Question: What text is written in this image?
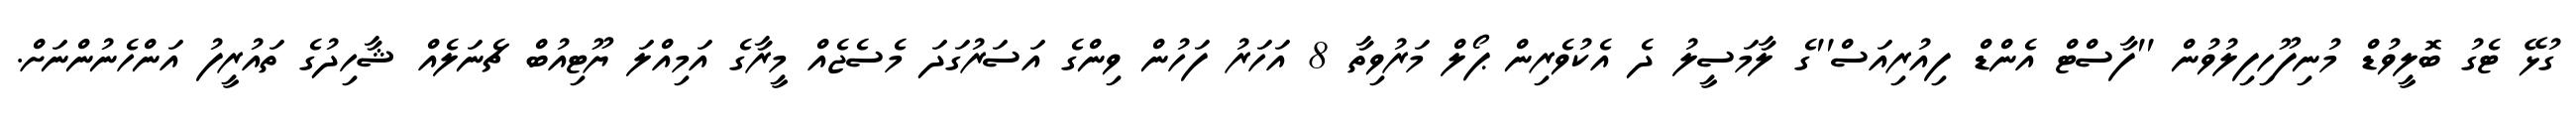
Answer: ގުޅޭ ޓެގު ބޮލީވުޑް މުނިފޫހިފިލުވުން ''ފާސްޓް އެންޑް ފިއުރިއަސް''ގެ ލާމަސީލު ދެ އެކުވެރިން ޕޯލް މަރުވިތާ 8 އަހަރު ފަހުން ވިންގެ އަސަރުގަދަ މެސެޖެއް މީރާގެ އަމިއްލަ ޔޫޓިއުބް ޗެނަލެއް ޝާހިދުގެ ތައުރީފު އަންހެނުންނަށް.